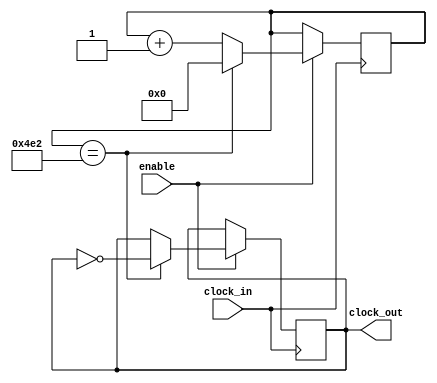
`timescale 1ns / 1ps
//////////////////////////////////////////////////////////////////////////////////
// Company: 
// Engineer: 
// 
// Design Name: 
// Module Name: clock_divider2
// Project Name: 
// Target Devices: 
// Tool Versions: 
// Description: 
// 
// Dependencies: 
// 
// Revision:
// Revision 0.01 - File Created
// Additional Comments:
// 
//////////////////////////////////////////////////////////////////////////////////

module clock_divider2(clock_in,clock_out,enable);
input clock_in,enable; // input clock on FPGA
output clock_out; // output clock after dividing the input clock by divisor
reg[27:0] counter=28'd0;
reg clock_out;
parameter DIVISOR = 28'd1250;//use to be 2

always @(posedge clock_in)
begin
if(enable)
    begin
    counter <= counter + 1;
    if(counter == DIVISOR) 
        begin
        counter <= 0;
        clock_out <= ~clock_out;
        end
  end
end

endmodule